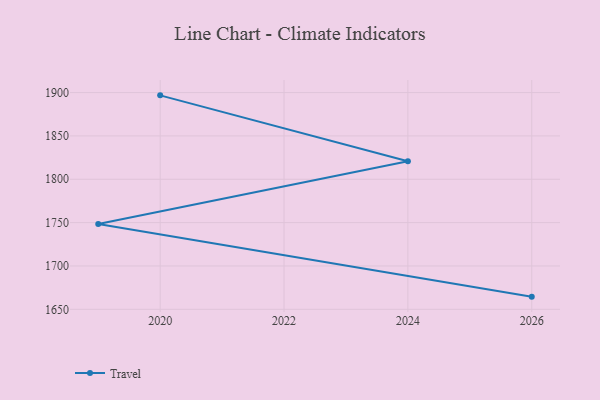
{"axis": {"x": "Year", "y": "Satisfaction Score"}, "legend": ["Travel"], "data": [{"x": "2026", "y": 1664.6, "type": "Travel"}, {"x": "2019", "y": 1748.4, "type": "Travel"}, {"x": "2024", "y": 1820.7, "type": "Travel"}, {"x": "2020", "y": 1896.8, "type": "Travel"}]}